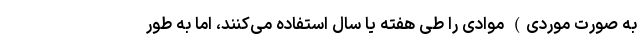
به صورت موردی) موادی را طی هفته یا سال استفاده می‌کنند، اما به طور